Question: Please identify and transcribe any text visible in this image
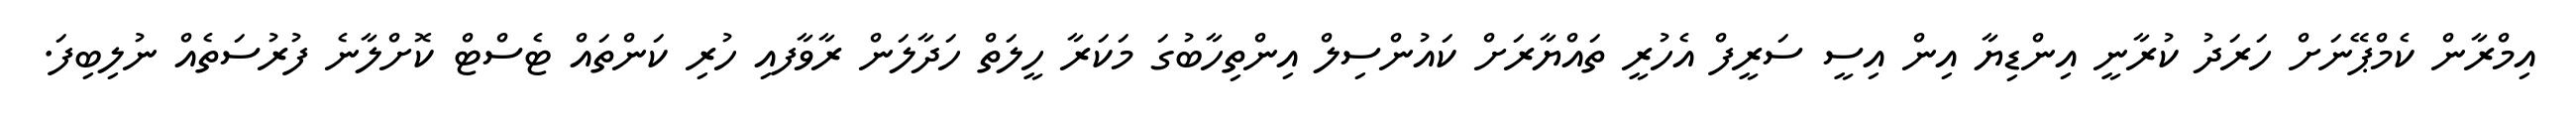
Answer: އިމްރާން ކެމްޕޭނަށް ހަރަދު ކުރާނީ އިންޑިޔާ އިން އިސީ ސަރީފް އެހުރީ ތައްޔާރަށް ކައުންސިލް އިންތިހާބުގަ މަކަރާ ހީލަތް ހަދާލަން ރާވާފއި ހުރި ކަންތައް ޓެސްޓް ކޮށްލާނެ ފުރުސަތެއް ނުލިބިފަ.